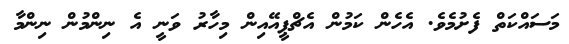
މަސައްކަތް ފެށުމެވެ. އެހެން ކަމުން އެޗްޕީއޭއިން މިހާރު ވަނީ އެ ނިންމުން ނިންމާ